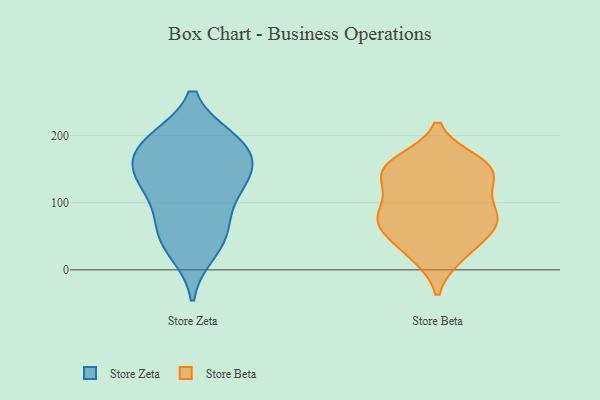
{"axis": {"x": "Waste Production (Tons)", "y": "Value"}, "legend": ["Store Beta", "Store Zeta"], "data": [{"x": "", "y": 124, "type": "Store Zeta"}, {"x": "", "y": 28, "type": "Store Zeta"}, {"x": "", "y": 137, "type": "Store Zeta"}, {"x": "", "y": 122, "type": "Store Zeta"}, {"x": "", "y": 61, "type": "Store Zeta"}, {"x": "", "y": 150, "type": "Store Zeta"}, {"x": "", "y": 75, "type": "Store Zeta"}, {"x": "", "y": 184, "type": "Store Zeta"}, {"x": "", "y": 152, "type": "Store Zeta"}, {"x": "", "y": 188, "type": "Store Zeta"}, {"x": "", "y": 192, "type": "Store Zeta"}, {"x": "", "y": 44, "type": "Store Zeta"}, {"x": "", "y": 191, "type": "Store Zeta"}, {"x": "", "y": 80, "type": "Store Beta"}, {"x": "", "y": 153, "type": "Store Beta"}, {"x": "", "y": 68, "type": "Store Beta"}, {"x": "", "y": 64, "type": "Store Beta"}, {"x": "", "y": 151, "type": "Store Beta"}, {"x": "", "y": 123, "type": "Store Beta"}, {"x": "", "y": 126, "type": "Store Beta"}, {"x": "", "y": 51, "type": "Store Beta"}, {"x": "", "y": 152, "type": "Store Beta"}, {"x": "", "y": 21, "type": "Store Beta"}, {"x": "", "y": 84, "type": "Store Beta"}, {"x": "", "y": 23, "type": "Store Beta"}, {"x": "", "y": 94, "type": "Store Beta"}, {"x": "", "y": 161, "type": "Store Beta"}, {"x": "", "y": 151, "type": "Store Beta"}, {"x": "", "y": 70, "type": "Store Beta"}]}